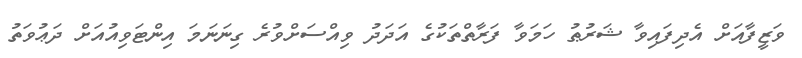
ވަޒީފާއަށް އެދިފައިވާ ޝަރުޠު ހަމަވާ ފަރާތްތަކުގެ އަދަދު ވިއްސަށްވުރެ ގިނަނަމަ އިންޓަވިއުއަށް ދަޢުވަތު